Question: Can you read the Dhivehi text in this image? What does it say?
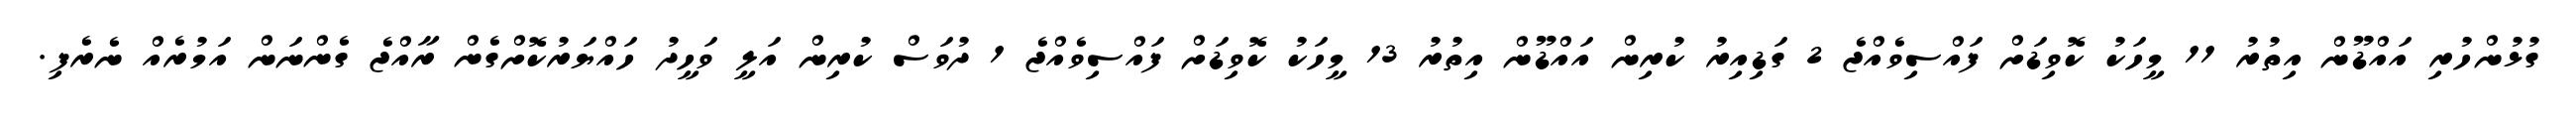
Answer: ގުޅުންހުރި އައްޑޫން އިތުރު 11 މީހަކު ކޮވިޑަށް ފައްސިވެއްޖެ 2 ގަޑިއިރު ކުރިން އައްޑޫން އިތުރު 13 މީހަކު ކޮވިޑަށް ފައްސިވެއްޖެ 1 ދުވަސް ކުރިން އަލީ ވަހީދު ހައްޔަރުކޮށްގެން ރާއްޖެ ގެންނަން އަމުރެއް ނެރެފި.